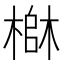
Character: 𬄄